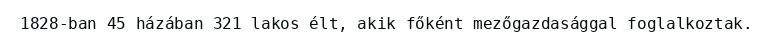
1828-ban 45 házában 321 lakos élt, akik főként mezőgazdasággal foglalkoztak.